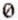
0